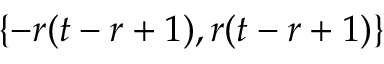
\{ - r ( t - r + 1 ) , r ( t - r + 1 ) \}